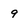
Character: 9